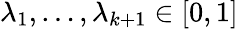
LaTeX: \lambda_{1},\dots,\lambda_{k+1}\in[0,1]